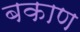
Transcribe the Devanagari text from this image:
बकाण